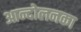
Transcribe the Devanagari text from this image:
आन्दोलनका